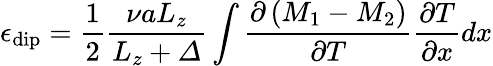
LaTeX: \epsilon_{\mathrm{dip}}=\frac{1}{2}\frac{\nu aL_{z}}{L_{z}+\varDelta}\int{\frac{\partial\left(M_{1}-M_{2}\right)}{\partial T}\frac{\partial T}{\partial x}dx}